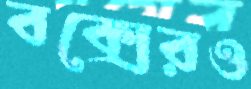
বক্সেরও